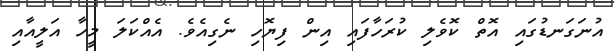
އުނަގަނޑުގައި އޮތް ކޮވެލި ކުރަހާފައި އިން ފިޔޮހި ނެގިއެވެ. އެއްކަލަ މީހާ އަލީއާއި